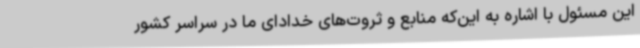
این مسئول با اشاره به این‌که منابع و ثروت‌های خدادای ما در سراسر کشور